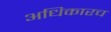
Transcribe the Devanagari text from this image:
अधिकारच